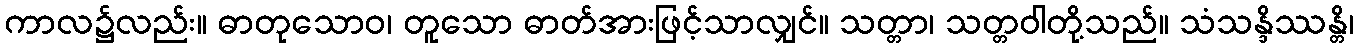
ကာလ၌လည်း။ ဓာတုသောဝ၊ တူသော ဓာတ်အားဖြင့်သာလျှင်။ သတ္တာ၊ သတ္တဝါတို့သည်။ သံသန္ဒိဿန္တိ၊